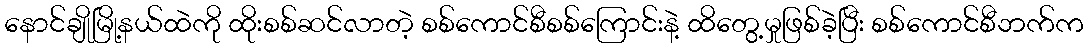
နောင်ချိုမြို့နယ်ထဲကို ထိုးစစ်ဆင်လာတဲ့ စစ်ကောင်စီစစ်ကြောင်းနဲ့ ထိတွေ့မှုဖြစ်ခဲ့ပြီး စစ်ကောင်စီဘက်က